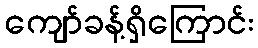
ကျော်ခန့်ရှိကြောင်း